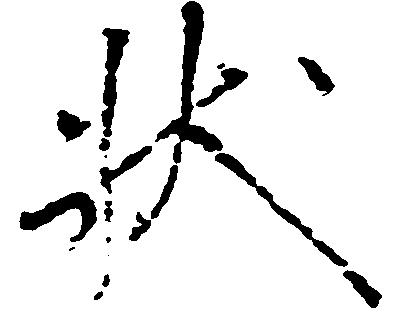
状